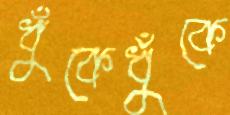
ধুঁকেধুঁকে